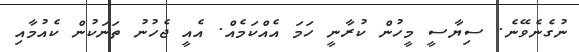
ނުގެނެވޭނެ. ސިޔާސީ މީހުން ކުރާނީ ހަމަ އެއްކަމެއް. އެއީ ޖެހުނު ތަނަކުން ކެއުމާއި